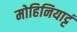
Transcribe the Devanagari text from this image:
मोहिनियाट्टं